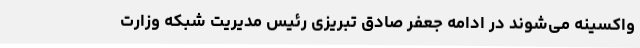
واکسینه می‌شوند در ادامه جعفر صادق تبریزی رئیس مدیریت شبکه وزارت